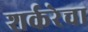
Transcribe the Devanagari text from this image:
शर्करेचा